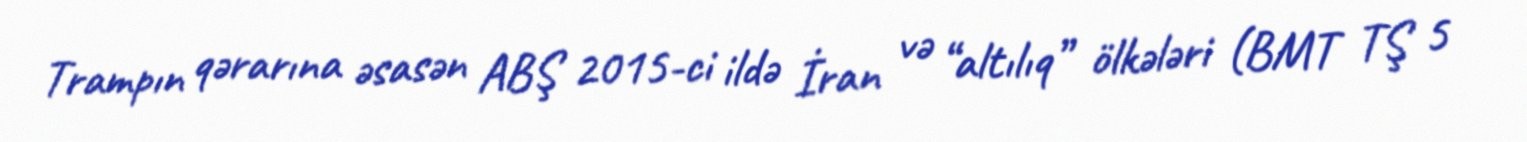
Trampın qərarına əsasən ABŞ 2015-ci ildə İran və “altılıq” ölkələri (BMT TŞ 5